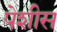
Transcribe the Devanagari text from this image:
पेशीस